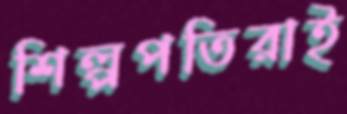
শিল্পপতিরাই